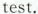
test.